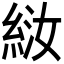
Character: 𫃤